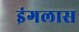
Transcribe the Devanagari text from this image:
इंगलास